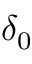
\delta _ { 0 }